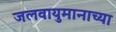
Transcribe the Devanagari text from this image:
जलवायुमानाच्या